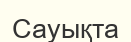
Сауықта